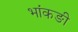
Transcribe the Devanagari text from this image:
भांकङी